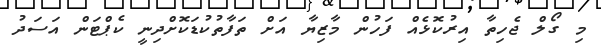
މި ގޯލް ޖެހިތާ އިރުކޮޅެއް ފަހުން މާޒިޔާ އަށް ތަފާތުކުޑަކޮށްދިނީ ކެޕްޓަން އަސަދު